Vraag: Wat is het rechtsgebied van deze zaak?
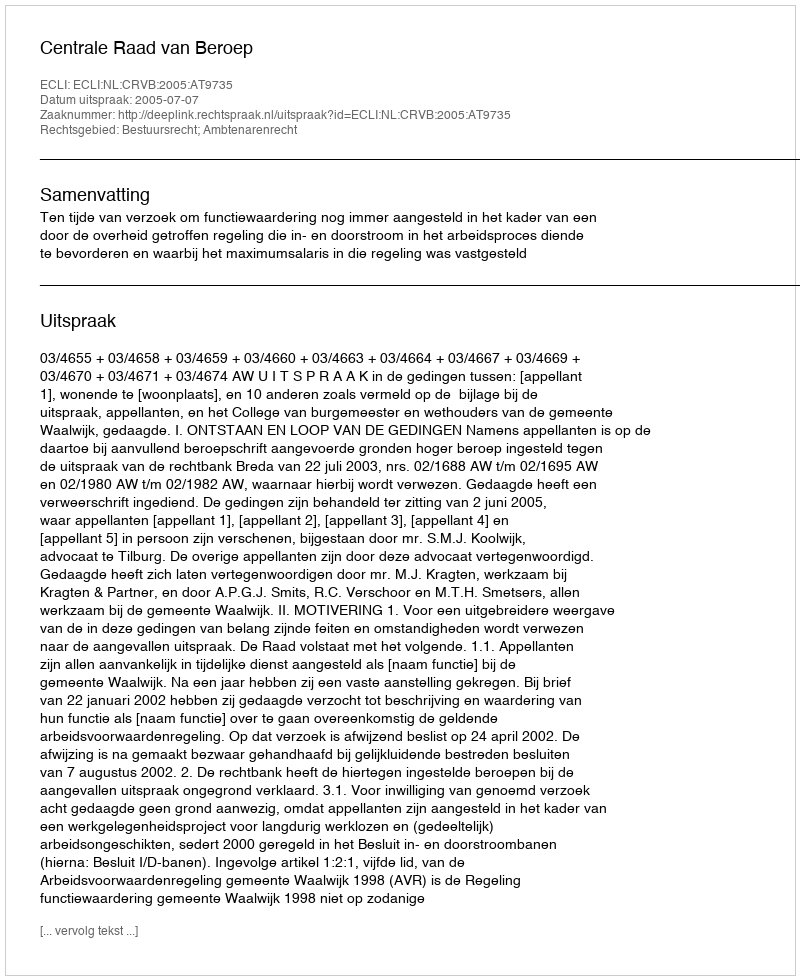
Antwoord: Bestuursrecht; Ambtenarenrecht